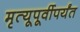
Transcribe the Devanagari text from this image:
मृत्यूपूर्वीपर्यंत